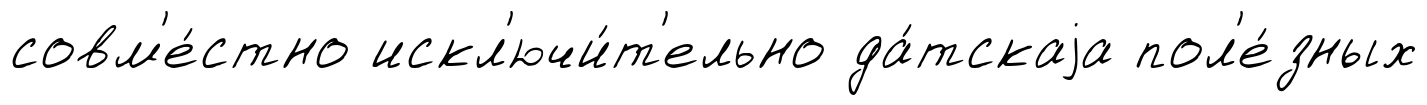
совм'е́стно искл'ючи́т'ельно да́тскаjа пол'е́зных